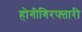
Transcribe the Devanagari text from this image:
होगीगिरफ्तारी